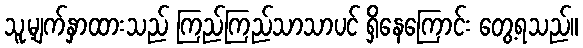
သူ့မျက်နှာထားသည် ကြည်ကြည်သာသာပင် ရှိနေကြောင်း တွေ့ရသည်။